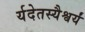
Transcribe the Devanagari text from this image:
र्यदेतस्यैश्वर्यं